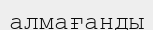
алмағанды